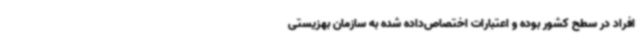
افراد در سطح کشور بوده و اعتبارات اختصاص‌داده شده به سازمان بهزیستی